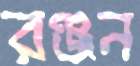
রঞ্জন